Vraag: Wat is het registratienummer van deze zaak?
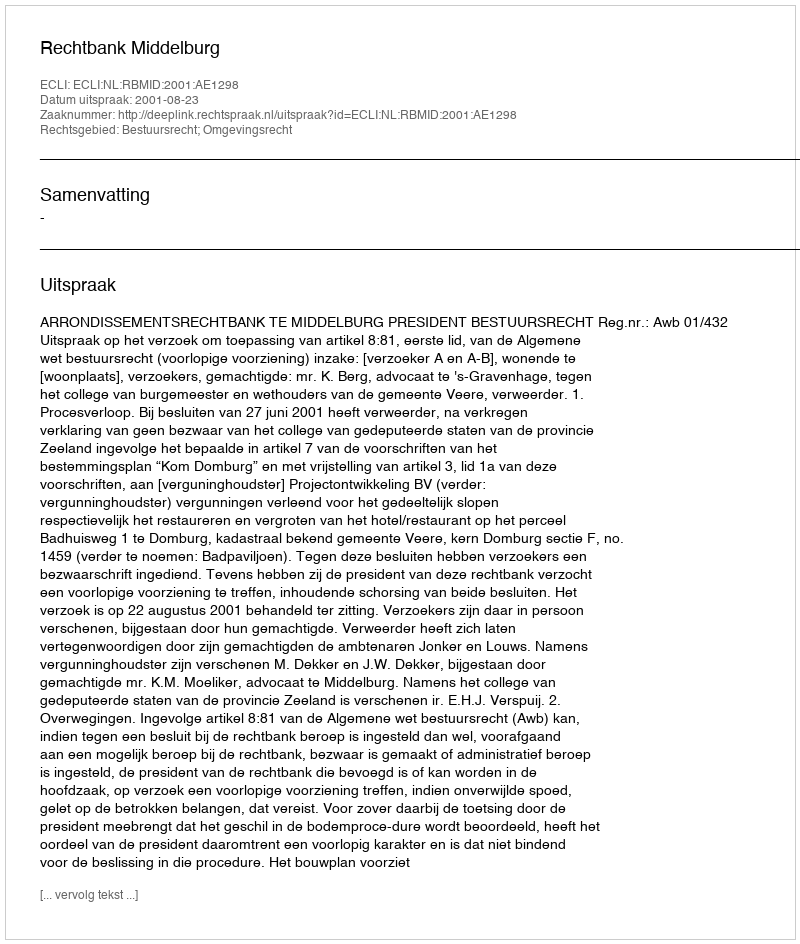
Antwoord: http://deeplink.rechtspraak.nl/uitspraak?id=ECLI:NL:RBMID:2001:AE1298